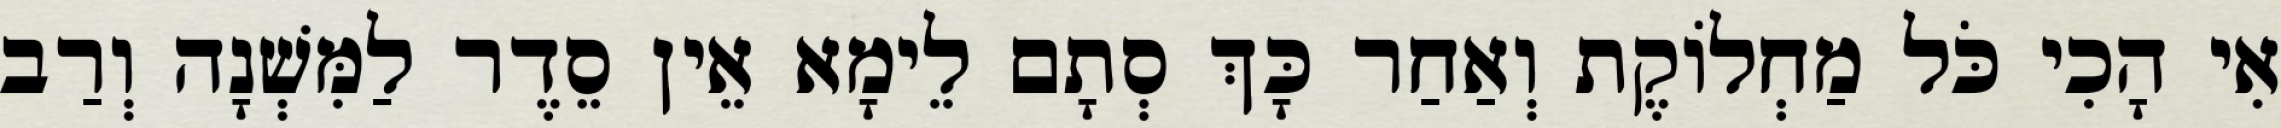
אִי הָכִי כֹּל מַחְלוֹקֶת וְאַחַר כָּךְ סְתָם לֵימָא אֵין סֵדֶר לַמִּשְׁנָה וְרַב